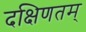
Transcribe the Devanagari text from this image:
दक्षिणतम्